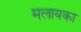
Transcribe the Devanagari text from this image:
मलायका